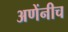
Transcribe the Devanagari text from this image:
अणेंनीच